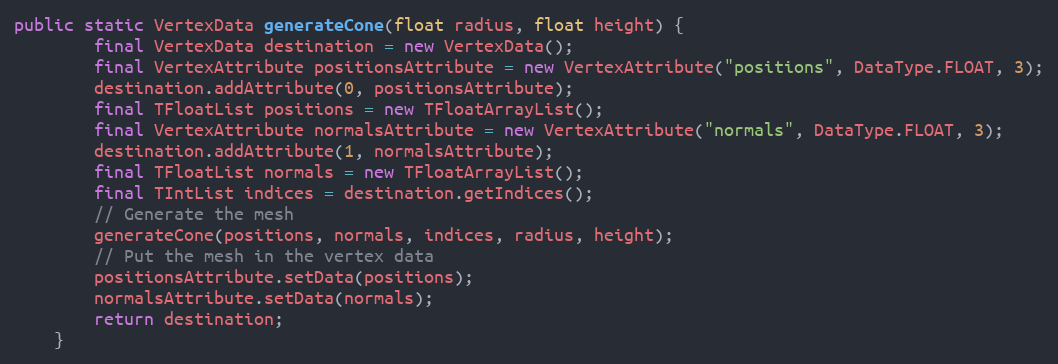
Language: Java
public static VertexData generateCone(float radius, float height) {
        final VertexData destination = new VertexData();
        final VertexAttribute positionsAttribute = new VertexAttribute("positions", DataType.FLOAT, 3);
        destination.addAttribute(0, positionsAttribute);
        final TFloatList positions = new TFloatArrayList();
        final VertexAttribute normalsAttribute = new VertexAttribute("normals", DataType.FLOAT, 3);
        destination.addAttribute(1, normalsAttribute);
        final TFloatList normals = new TFloatArrayList();
        final TIntList indices = destination.getIndices();
        // Generate the mesh
        generateCone(positions, normals, indices, radius, height);
        // Put the mesh in the vertex data
        positionsAttribute.setData(positions);
        normalsAttribute.setData(normals);
        return destination;
    }